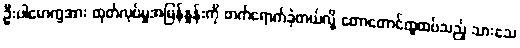
ဦးပါမောက္ခအား ထုတ်လုပ်မှုအမြန်နှုန်းကို တက်ရောက်ခဲ့တယ်လို့ တောတောင်ထူထပ်သည့် သားသေ